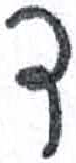
אות: ד